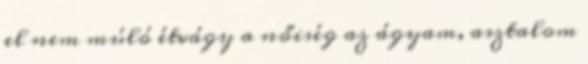
el nem múló étvágy a nőiség az ágyam, asztalom